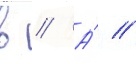
в // А́ //